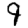
Digit: 9